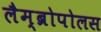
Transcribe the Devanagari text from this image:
लैम्ब्रोपोलस